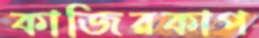
কাজিরকাপ